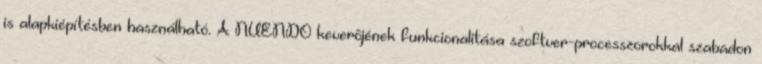
is alapkiépítésben használható. A NUENDO keverôjének funkcionalitása szoftver-processzorokkal szabadon